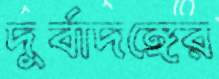
দুর্বাদঙ্গের